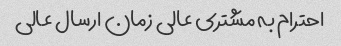
احترام به مشتری عالی زمان ارسال عالی